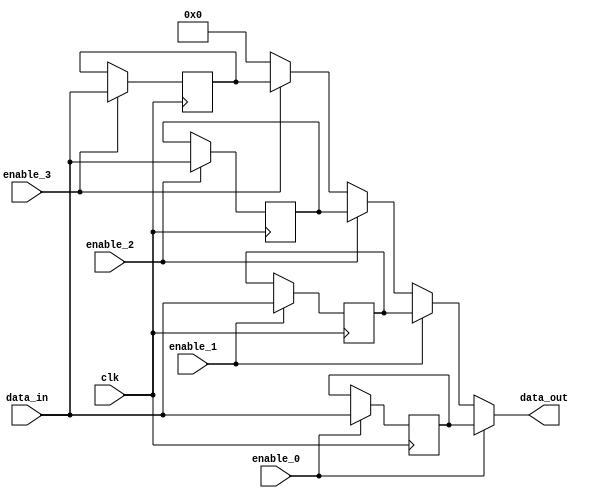
module four_way_bypass_register (
    input wire clk,
    input wire [3:0] data_in,
    input wire enable_0,
    input wire enable_1,
    input wire enable_2,
    input wire enable_3,
    output reg [3:0] data_out
);

reg [3:0] reg_0, reg_1, reg_2, reg_3;

always @(posedge clk) begin
    if(enable_0) begin
        reg_0 <= data_in;
    end
    
    if(enable_1) begin
        reg_1 <= data_in;
    end
    
    if(enable_2) begin
        reg_2 <= data_in;
    end
    
    if(enable_3) begin
        reg_3 <= data_in;
    end
end

assign data_out = enable_0 ? reg_0 :
                  enable_1 ? reg_1 :
                  enable_2 ? reg_2 :
                  enable_3 ? reg_3 :
                  4'b0000;

endmodule